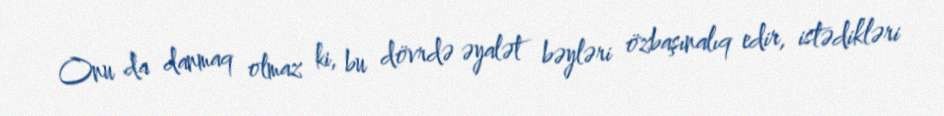
Onu da danmaq olmaz ki, bu dövrdə əyalət bəyləri özbaşınalıq edir, istədikləri